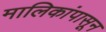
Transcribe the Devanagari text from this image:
मालिकांपासून